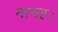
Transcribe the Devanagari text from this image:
नागर।